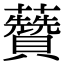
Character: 𧄽